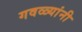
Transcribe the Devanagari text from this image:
गवळ्यांनी